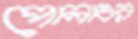
পোলাওর